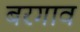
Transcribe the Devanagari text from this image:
बरगाव